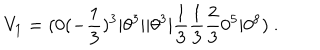
V _ { 1 } = ( 0 ( - { \frac { 1 } { 3 } } ) ^ { 3 } \vert \theta ^ { 3 } \vert \vert \theta ^ { 3 } \vert { \frac { 1 } { 3 } } { \frac { 1 } { 3 } } { \frac { 2 } { 3 } } 0 ^ { 5 } \vert 0 ^ { 8 } ) ~ .